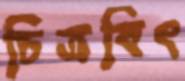
চিত্রবিৎ